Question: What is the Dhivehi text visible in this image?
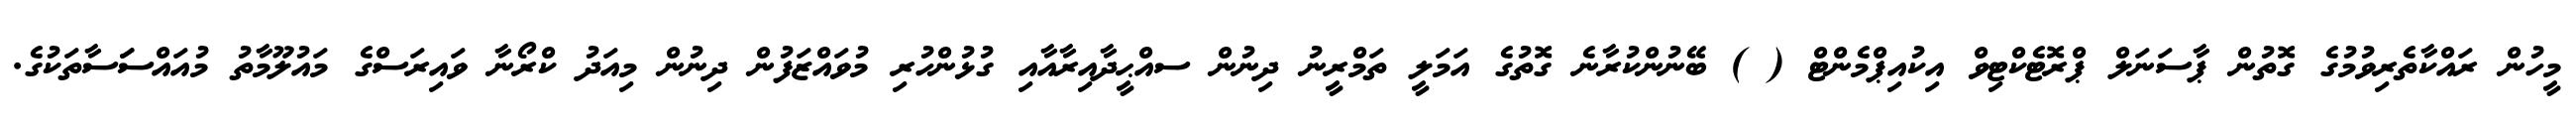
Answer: މީހުން ރައްކާތެރިވުމުގެ ގޮތުން ޕާސަނަލް ޕްރޮޓެކްޓިވް އިކުއިޕްމެންޓް ( ) ބޭނުންކުރާނެ ގޮތުގެ އަމަލީ ތަމްރީނު ދިނުން ސއްޙީދާއިރާއާއި ގުޅުންހުރި މުވައްޒަފުން ދިނުން މިއަދު ކްރޯނާ ވައިރަސްގެ މައުލޫމާތު މުއައްސަަސާތަކުގެ.